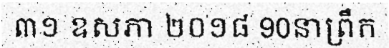
៣១ ឧសភា ២០១៨ 90នាព្រឹក